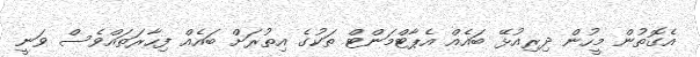
އެގޮތުން މީހުން ދިރިއުޅޭ ބައެއް އެޕާޓްމަންޓް ތަކުގެ އިތުރަށް ބައެއް ފިހާރަތައްވެސް ވަނީ